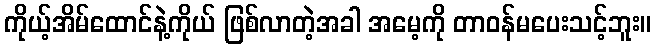
ကိုယ့်အိမ်ထောင်နဲ့ကိုယ် ဖြစ်လာတဲ့အခါ အမေ့ကို တာဝန်မပေးသင့်ဘူး။